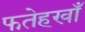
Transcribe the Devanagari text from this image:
फतेहखाँ